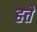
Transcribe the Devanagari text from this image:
हत्ते